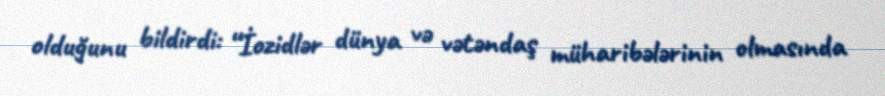
olduğunu bildirdi: “İozidlər dünya və vətəndaş müharibələrinin olmasında